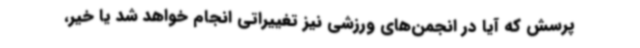
پرسش که آیا در انجمن‌های ورزشی نیز تغییراتی انجام خواهد شد یا خیر،